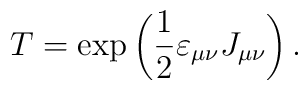
T=\exp \left( \frac 12\varepsilon _{\mu \nu }J_{\mu \nu }\right) .